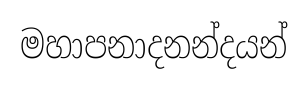
මහාපනාදනන්දයන්